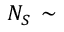
N _ { S } \, \sim